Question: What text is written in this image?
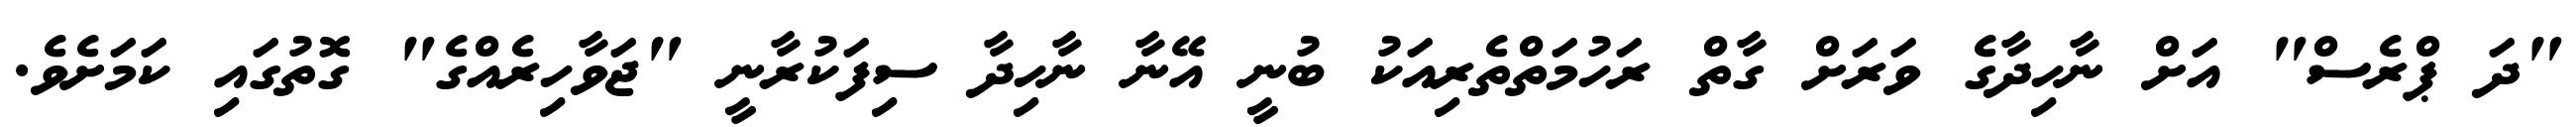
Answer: "ދަ ޕްރެސް" އަށް ނާހިދާގެ ވަރަށް ގާތް ރަހުމަތްތެރިއަކު ބުނީ އޭނާ ނާހިދާ ސިފަކުރާނީ "ޖަވާހިރެއްގެ" ގޮތުގައި ކަމަށެވެ.